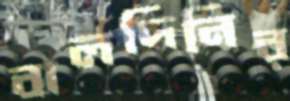
বালদিনির